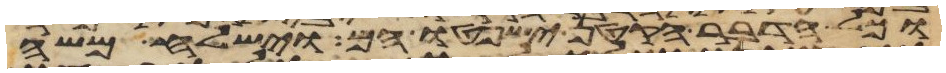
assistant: וכל הדבר הקטן ישפטו הם וישלח משה